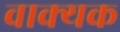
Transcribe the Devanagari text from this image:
वाक्यक